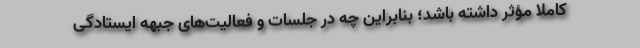
کاملا مؤثر داشته باشد؛ بنابراین چه در جلسات و فعالیت‌های جبهه ایستادگی